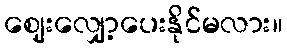
ဈေးလျှော့ပေးနိုင်မလား။